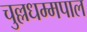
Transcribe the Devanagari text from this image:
चुल्लधम्मपाल